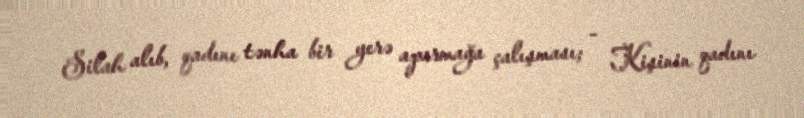
Silah alıb, qadını tənha bir yerə aparmağa çalışması; - Kişinin qadını